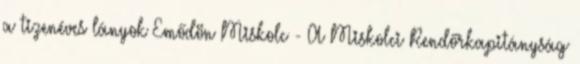
a tizenéves lányok Emődön Miskolc - A Miskolci Rendőrkapitányság